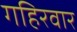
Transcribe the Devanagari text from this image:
गहिरवार